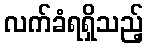
လက်ခံရရှိသည့်